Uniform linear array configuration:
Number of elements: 8
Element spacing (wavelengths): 0.25
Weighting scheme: hamming
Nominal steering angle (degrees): -60
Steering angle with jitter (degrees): -58.897
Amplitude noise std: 0.05
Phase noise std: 0.05

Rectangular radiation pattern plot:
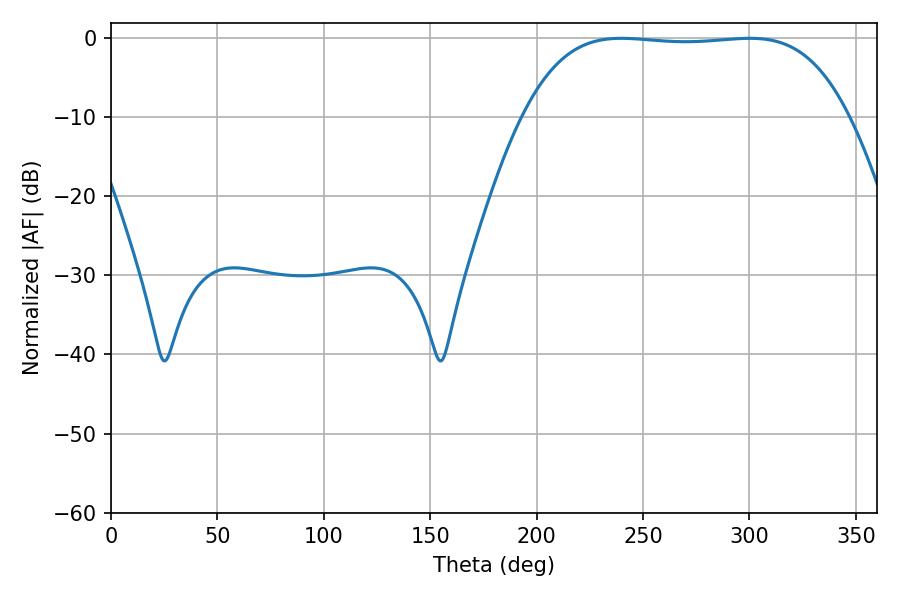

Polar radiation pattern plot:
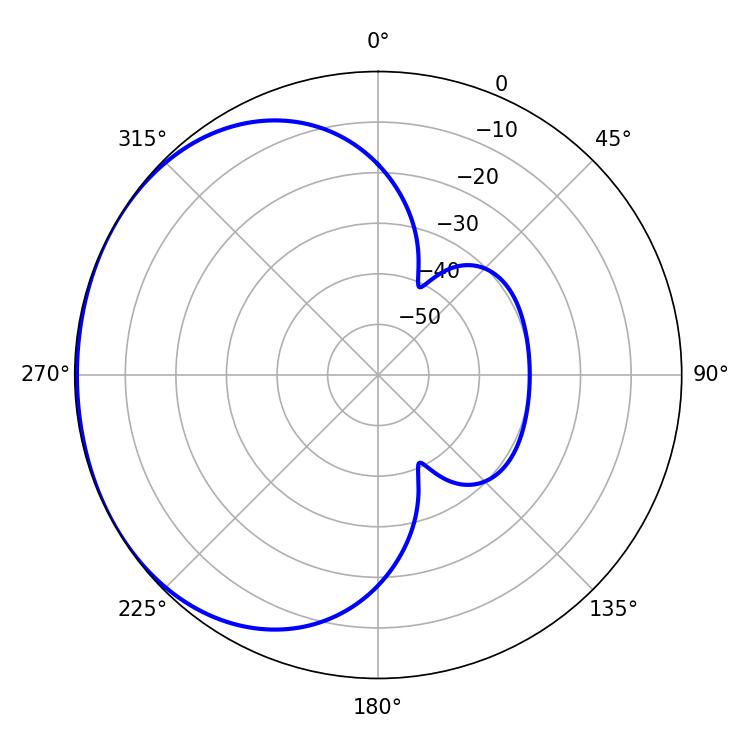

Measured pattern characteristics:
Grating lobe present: FALSE
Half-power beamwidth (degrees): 118.8
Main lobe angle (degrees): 239.76